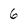
Character: 6